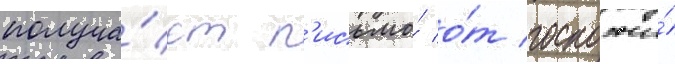
получа́ет п'исьмо́ о́т госпожи́